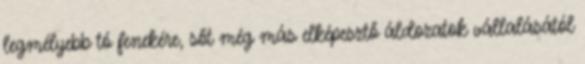
legmélyebb tó fenekére, sőt még más elképesztő áldozatok vállalásától